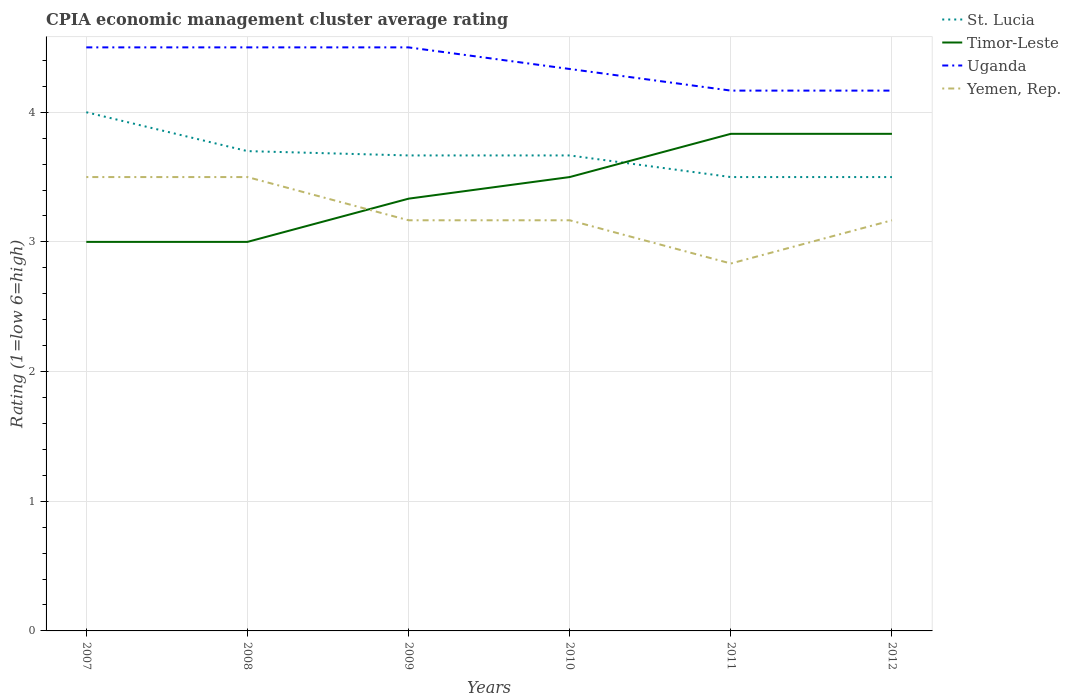
| Years | St. Lucia | Timor-Leste | Uganda | Yemen, Rep. |
 | --- | --- | --- | --- | --- |
 | 2007 | 4 | 3 | 4.5 | 3.5 |
 | 2008 | 3.7 | 3 | 4.5 | 3.5 |
 | 2009 | 3.67 | 3.33 | 4.5 | 3.17 |
 | 2010 | 3.67 | 3.5 | 4.33 | 3.17 |
 | 2011 | 3.5 | 3.83 | 4.17 | 2.83 |
 | 2012 | 3.5 | 3.83 | 4.17 | 3.17 |